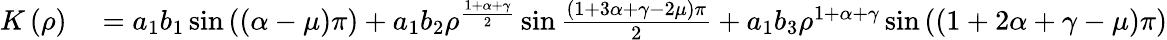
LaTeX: \begin{array}{rl}{K\left(\rho\right)}&{{}=a_{1}b_{1}\sin\left(\left(\alpha-\mu\right)\pi\right)+a_{1}b_{2}\rho^{\frac{1+\alpha+\gamma}{2}}\sin\frac{\left(1+3\alpha+\gamma-2\mu\right)\pi}{2}+a_{1}b_{3}\rho^{1+\alpha+\gamma}\sin\left(\left(1+2\alpha+\gamma-\mu\right)\pi\right)}\end{array}